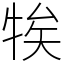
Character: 㸻